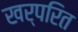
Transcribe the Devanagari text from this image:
खर्परित